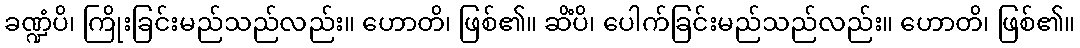
ခဏ္ဍံပိ၊ ကြိုးခြင်းမည်သည်လည်း။ ဟောတိ၊ ဖြစ်၏။ ဆိံပိ၊ ပေါက်ခြင်းမည်သည်လည်း။ ဟောတိ၊ ဖြစ်၏။